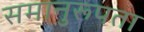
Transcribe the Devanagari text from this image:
समानुरूपता